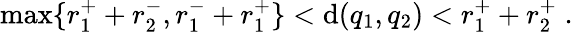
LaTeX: \mathrm{max}\{ r_{1}^{+}+r_{2}^{-},r_{1}^{-}+r_{1}^{+}\} <\mathrm{d}(q_{1},q_{2})<r_{1}^{+}+r_{2}^{+}\; .